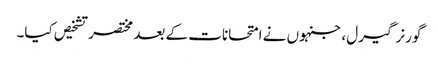
گورنر گیرل ، جنہوں نے امتحانات کے بعد مختصر تشخیص کیا۔